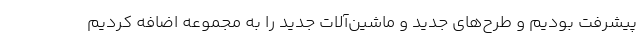
پیشرفت بودیم و طرح‌های جدید و ماشین‌آلات جدید را به مجموعه اضافه کردیم